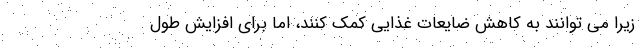
زیرا می توانند به کاهش ضایعات غذایی کمک کنند، اما برای افزایش طول